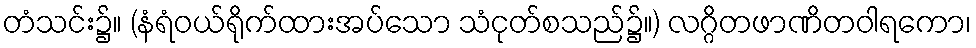
တံသင်း၌။ (နံရံဝယ်ရိုက်ထားအပ်သော သံငုတ်စသည်၌။) လဂ္ဂိတဖာဏိတဝါရကော၊